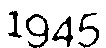
1945